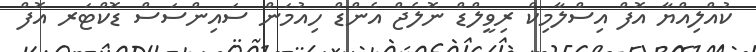
ކުއްލިއްޔާ އޮފް އިސްލާމިކް ރިވީލްޑް ނޮލެޖް އެންޑް ހިއުމަން ސައިންސަސް ޑޮކްޓަރ އޮފް